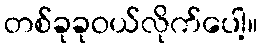
တစ်ခုခုဝယ်လိုက်ပေါ့။